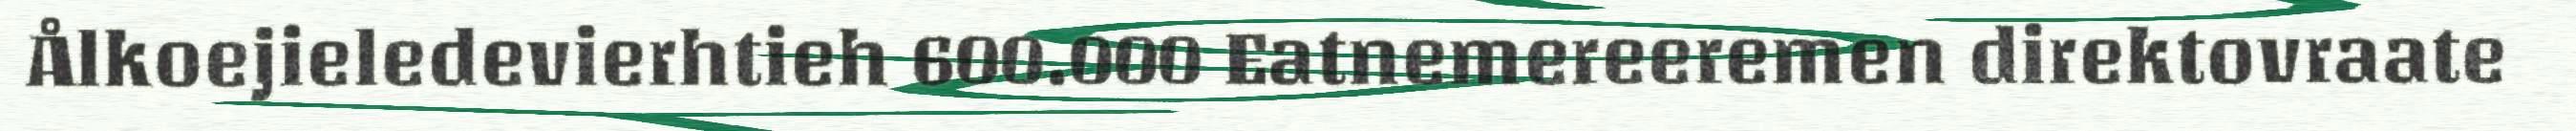
Ålkoejieledevierhtieh 600.000 Eatnemereeremen direktovraate